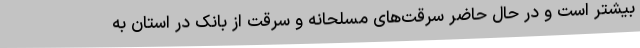
بیشتر است و در حال حاضر سرقت‌های مسلحانه و سرقت از بانک در استان به